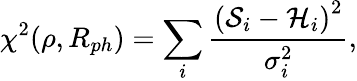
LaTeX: \chi^{2}(\rho,R_{ph})=\sum_{i}\frac{\left(\mathcal{S}_{i}-\mathcal{H}_{i}\right)^{2}}{\sigma_{i}^{2}},